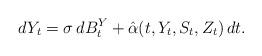
LaTeX: \begin{align*} dY_t= \sigma\,dB^Y_t +\hat{\alpha}(t,Y_t, S_t, Z_t) \,dt.\end{align*}